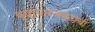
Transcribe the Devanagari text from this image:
व्यापारचक्राची